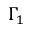
\Gamma _ { 1 }